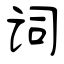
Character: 词